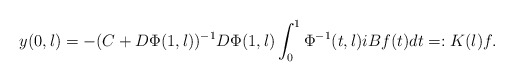
\begin{align*} y(0,\l) = - (C+D\Phi(1,\l))^{-1} D \Phi(1,\l) \int_0^1 \Phi^{-1}(t,\l) iBf(t) dt =: K(\l) f.\end{align*}